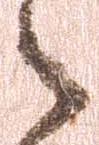
之